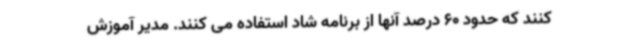
کنند که حدود 60 درصد آنها از برنامه شاد استفاده می ‌کنند. مدیر آموزش